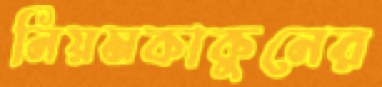
নিয়মকাকুনের